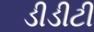
ડીડીટી